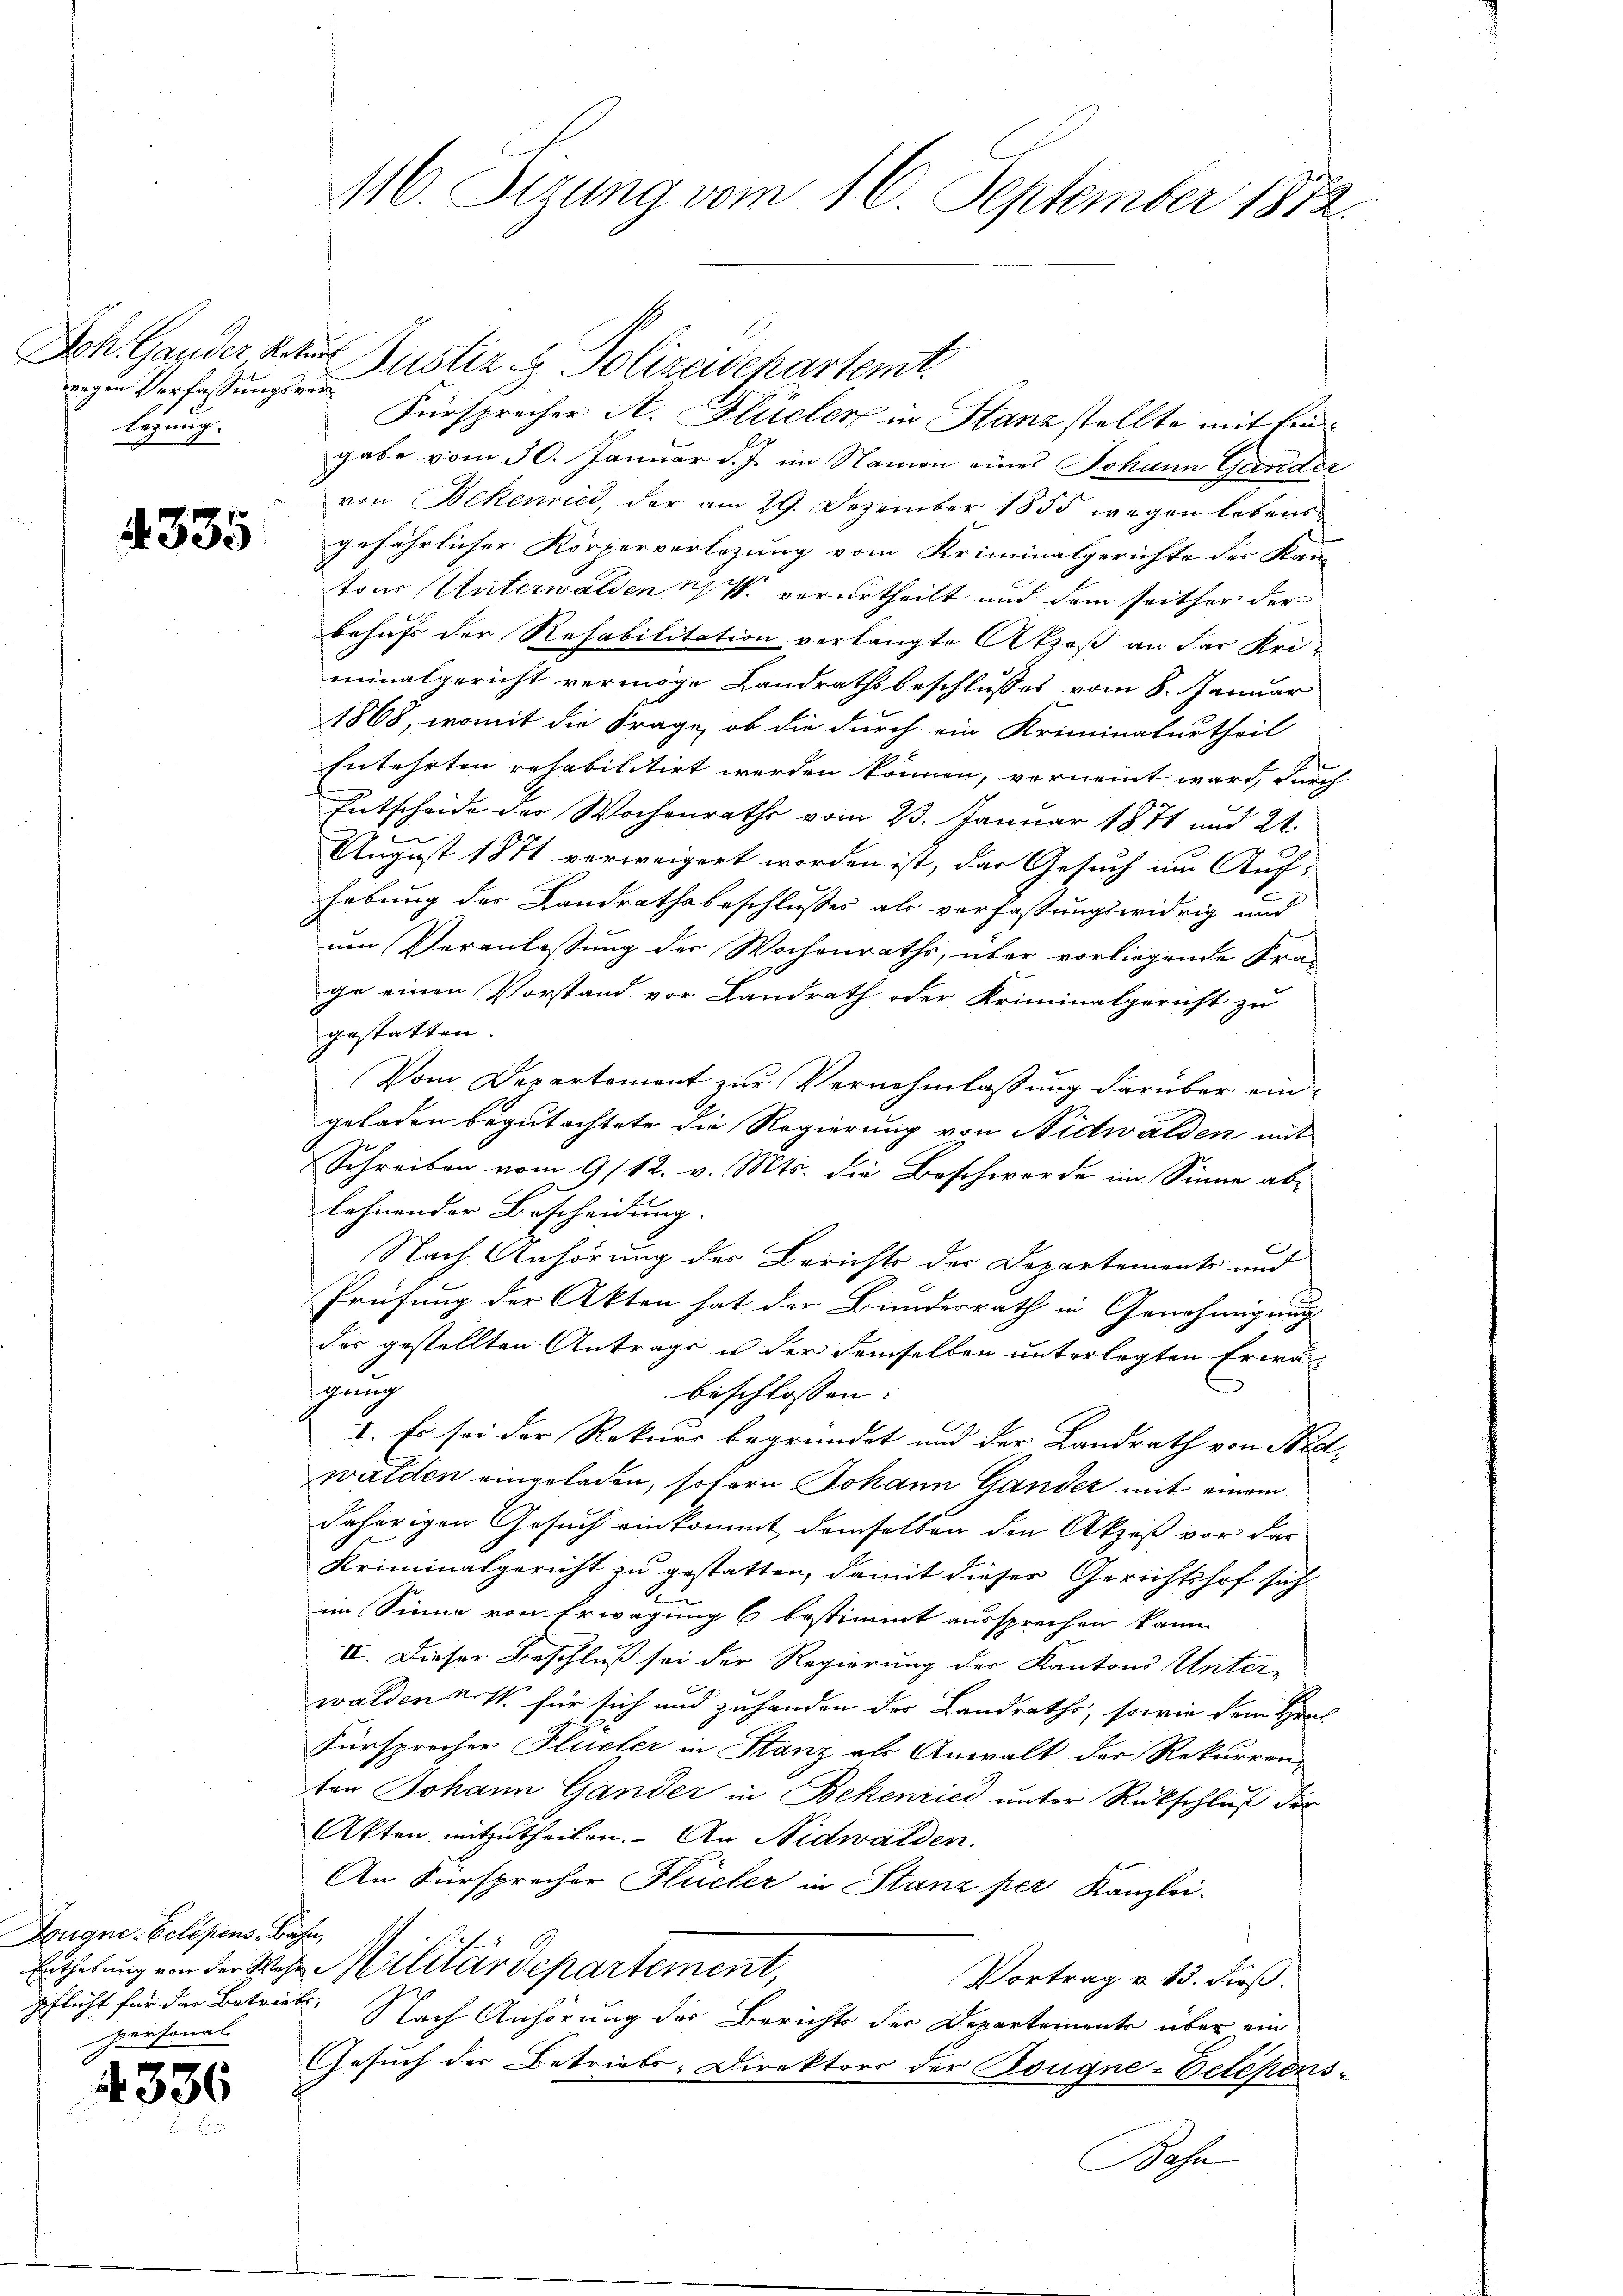
wegen Verfassungsrinlegung.

d 335

Ich. Gander kaum Justiz & Polizeidepartemt.
Fürsprecher A. Flüeler in Stanz stellte mit Eingabe vom 30. Januar d. J. im Namen eines Johann Gander
von Bekenried, der am 29. Dezember 1855 wegen lebensgefährlicher Körperverlegung vom Kriminalgerichte der Kan-
tons Unterwalden 11. verurtheilt und dem seither der
behufs der Rehabilitation verlangte Akzeß an der Uriminalgericht vermöge Landrathsbeschlusses vom 8. Januar
1868, womit die Frage, ob die durch ein Kriminalurtheil
Entehrten rehabilitirt werden können, vorneint ward, durch
Entscheide des Wochenraths vom 23. Januar 1871 und 24.
August 1871 verweigert worden ist, das Gesuch um Auf-
hebung der Landrathsbeschlusses als verfassungswidrig und
um Veranlassung der Wochenraths, über vorliegende Fra-
ge einen Vorstand vor Landrath oder Kriminalgericht zu
gestatten.
Vom Departement zur Vernehmlassung darüber eingeladen begutachtete die Regierung von Nidwalden mit
Schreiben vom 9/12. v. Mts. die Beschwerde im Sinne ablohnender Bescheidung. |
Nach Anhörung der Berichts der Departements und
Prüfung der Akten hat der Bundesrath in Genehmigung
der gestellten Antrags u der demselben unterlegten Erwä-
gung
beschlossen: |
I. Es sei der Rekurs begründet und der Landrath von Not-
walden eingeladen, sofern Johann Gander mit einem
dahörigen Gesuch einkommt demselben den Akzeß vor das
Kriminalgericht zu gestatten, damit dieser Gerichtshof sich
im Sinne von Erwägung 6 bestimmt aussprechen kann
IV. Dieser Beschluß sei der Regierung der Kantons Unter-
walden erst für sich und zuhanden des Landraths, sowie dem Ha
Fürsprecher Flüeler in Stanz als Anwalt der Rekurren
ten Johann Gander in Bekenried unter Rückschluß der
Aften mitzutheilen. An Nidwalden.
An Fürsprecher Hüller in Stanz per Kanzlei.
Enthebung von der Wehr Militärdepartement
Vortrag v. 13. dieß.
Nach Anhörung der Berichts der Departemente über ein
Gesuch der Betriebs-Direktors der Bougne-Belehens-
Bahn

Dougne. Celesens, Bahn,
pflicht für das Betriebe,
personal-

336

116. Sizung vom 16. September 1872.